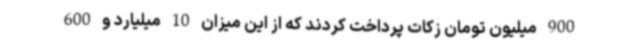
900 میلیون تومان زکات پرداخت کردند که از این میزان 10 میلیارد و 600